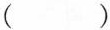
（ ）